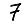
Digit: 7